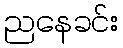
ညနေခင်း